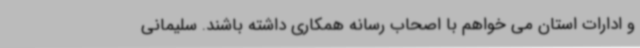
و ادارات استان می خواهم با اصحاب رسانه همکاری داشته باشند. سلیمانی